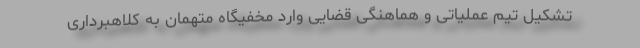
تشکیل تیم عملیاتی و هماهنگی قضایی وارد مخفیگاه متهمان به کلاهبرداری